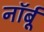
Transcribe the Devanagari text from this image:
नॉर्बू